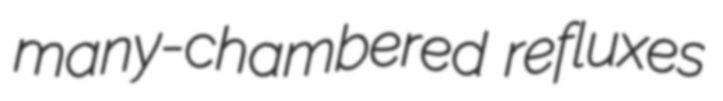
many-chambered refluxes